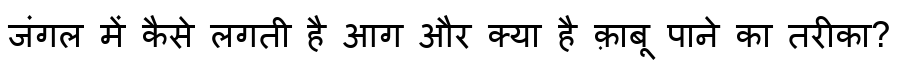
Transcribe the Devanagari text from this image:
जंगल में कैसे लगती है आग और क्या है क़ाबू पाने का तरीका?